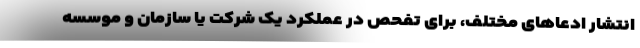
انتشار ادعاهای مختلف، برای تفحص در عملکرد یک شرکت یا سازمان و موسسه